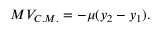
M V _ { C . M . } = - \mu ( y _ { 2 } - y _ { 1 } ) .